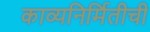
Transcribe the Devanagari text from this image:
काव्यनिर्मितीची